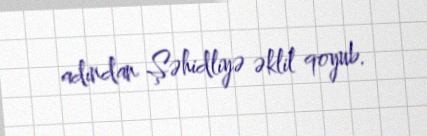
adından Şəhidliyə əklil qoyub.